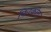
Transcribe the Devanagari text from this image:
फिरकीत